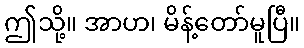
ဤသို့။ အာဟ၊ မိန့်တော်မူပြီ။